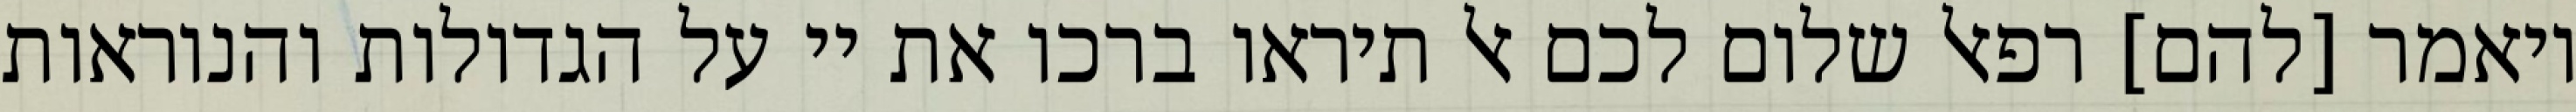
ויאמר [להם] רפאל שלום לכם אל תיראו ברכו את יי על הגדולות והנוראות